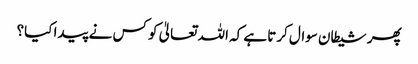
پھر شیطان سوال کرتا ہے کہ اللہ تعالیٰ کو کس نے پیدا کیا؟